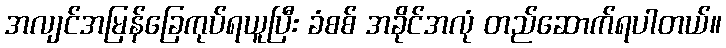
အလျင်အမြန်ခြေကုပ်ရယူပြီး ခံစစ် အခိုင်အလုံ တည်ဆောက်ရပါတယ်။